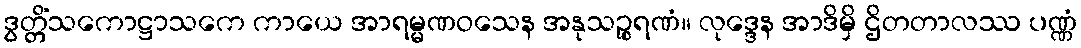
ဒွတ္တိံသကောဋ္ဌာသကေ ကာယေ အာရမ္မဏဝသေန အနုသဉ္စရဏံ။ လုဒ္ဒေန အာဒိမှိ ဌိတတာလဿ ပဏ္ဏံ